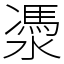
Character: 㵗